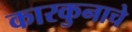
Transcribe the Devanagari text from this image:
कारकुनाचे